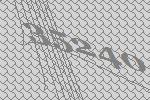
35240